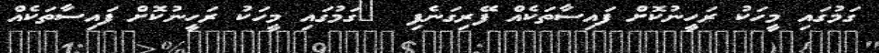
ގަމުގައި މީހަކު ރަހީނުކޮށް ފައިސާތަކެއް ފޭރިގަނެފި  	ގަމުގައި މީހަކު ރަހީނުކޮށް ފައިސާތަކެއް